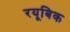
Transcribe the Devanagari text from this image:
रयूबिक